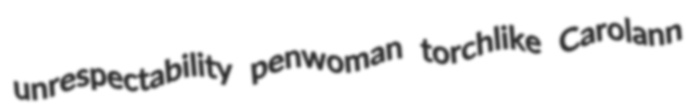
unrespectability penwoman torchlike Carolann